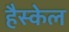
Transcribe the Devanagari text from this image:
हैस्केल